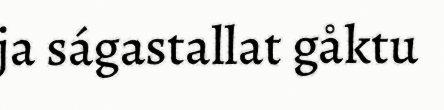
ja ságastallat gåktu